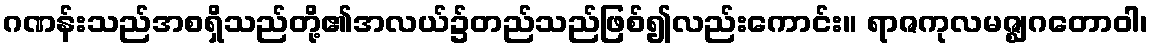
ဂဏန်းသည်အစရှိသည်တို့၏အလယ်၌တည်သည်ဖြစ်၍လည်းကောင်း။ ရာဇကုလမဇ္ဈဂတောဝါ၊